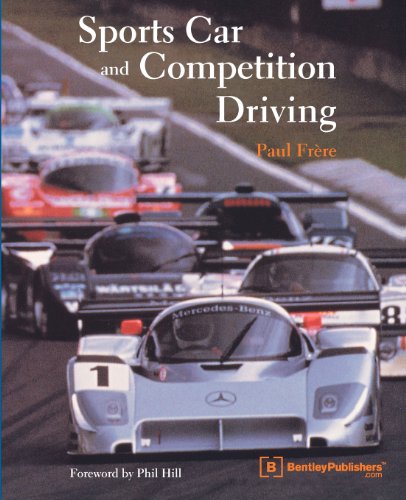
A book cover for Sports Car and Competition Driving; Paul Frere; Test Preparation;